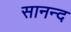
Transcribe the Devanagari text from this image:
सानन्‍द